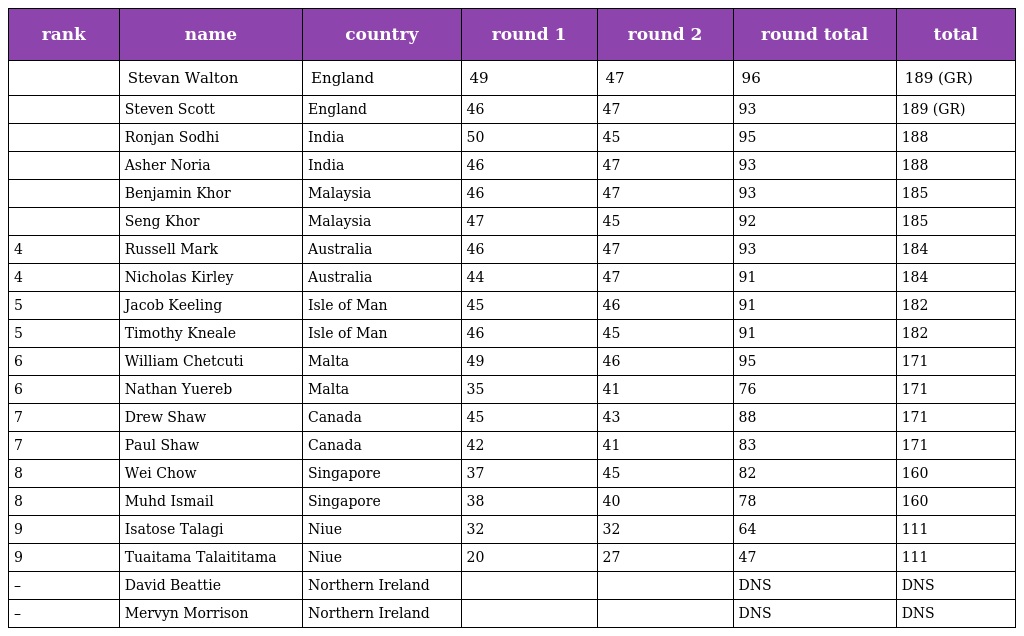
| rank | name | country | round 1 | round 2 | round total | total |
 | --- | --- | --- | --- | --- | --- | --- |
 |  | Stevan Walton | England | 49 | 47 | 96 | 189 (GR) |
 |  | Steven Scott | England | 46 | 47 | 93 | 189 (GR) |
 |  | Ronjan Sodhi | India | 50 | 45 | 95 | 188 |
 |  | Asher Noria | India | 46 | 47 | 93 | 188 |
 |  | Benjamin Khor | Malaysia | 46 | 47 | 93 | 185 |
 |  | Seng Khor | Malaysia | 47 | 45 | 92 | 185 |
 | 4 | Russell Mark | Australia | 46 | 47 | 93 | 184 |
 | 4 | Nicholas Kirley | Australia | 44 | 47 | 91 | 184 |
 | 5 | Jacob Keeling | Isle of Man | 45 | 46 | 91 | 182 |
 | 5 | Timothy Kneale | Isle of Man | 46 | 45 | 91 | 182 |
 | 6 | William Chetcuti | Malta | 49 | 46 | 95 | 171 |
 | 6 | Nathan Yuereb | Malta | 35 | 41 | 76 | 171 |
 | 7 | Drew Shaw | Canada | 45 | 43 | 88 | 171 |
 | 7 | Paul Shaw | Canada | 42 | 41 | 83 | 171 |
 | 8 | Wei Chow | Singapore | 37 | 45 | 82 | 160 |
 | 8 | Muhd Ismail | Singapore | 38 | 40 | 78 | 160 |
 | 9 | Isatose Talagi | Niue | 32 | 32 | 64 | 111 |
 | 9 | Tuaitama Talaititama | Niue | 20 | 27 | 47 | 111 |
 | – | David Beattie | Northern Ireland |  |  | DNS | DNS |
 | – | Mervyn Morrison | Northern Ireland |  |  | DNS | DNS |